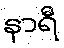
နာရီ